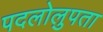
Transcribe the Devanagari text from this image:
पदलोलुपता